Annual report of the Punjab Veterinary College and of the Civil Veterinary Department, Punjab - 1926-1932
Year: 1926
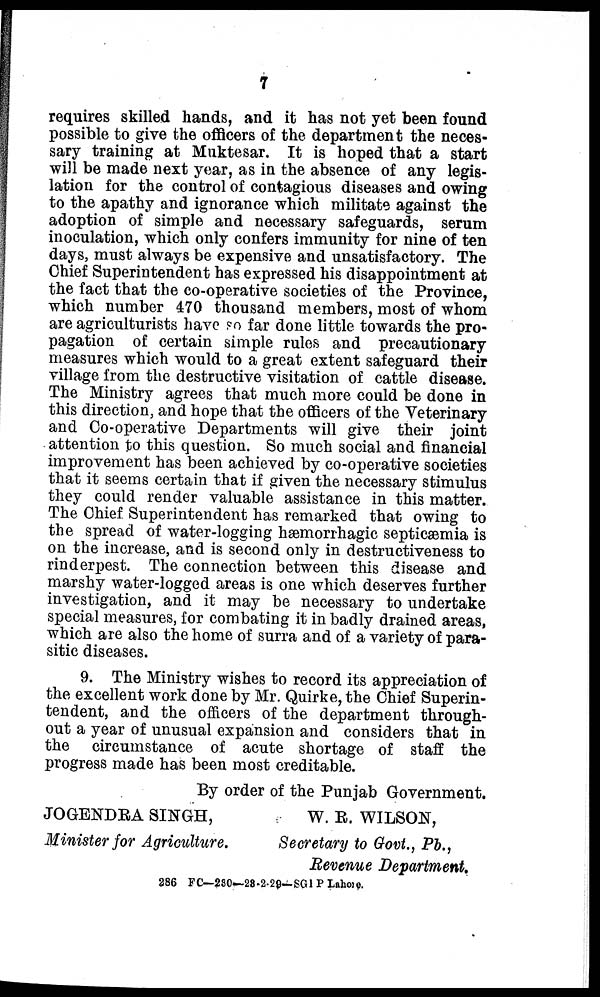
7
requires skilled hands, and it has not yet been found
possible to give the officers of the department the neces-
sary training at Muktesar. It is hoped that a start
will be made next year, as in the absence of any legis-
lation for the control of contagious diseases and owing
to the apathy and ignorance which militate against the
adoption of' simple and necessary safeguards, serum
inoculation, which only confers immunity for nine of ten
days, must always be expensive and unsatisfactory. The
Chief Superintendent has expressed his disappointment at
the fact that the co-operative societies of the Province,
which number 470 thousand members, most of whom
are agriculturists have so far done little towards the pro-
pagation of certain simple rules and precautionary
measures which would to a great extent safeguard their
village from the destructive visitation of cattle disease.
The Ministry agrees that much more could be done in
this direction, and hope that the officers of the Veterinary
and Co-operative Departments will give their joint
attention to this question. So much social and financial
improvement has been achieved by co-operative societies
that it seems certain that if given the necessary stimulus
they could render valuable assistance in this matter.
The Chief Superintendent has remarked that owing to
the spread of water-logging hæmorrhagic septicæmia is
on the increase, and is second only in destructiveness to
rinderpest. The connection between this disease and
marshy water-logged areas is one which deserves further
investigation, and it may be necessary to undertake
special measures, for combating it in badly drained areas,
which are also the home of surra and of a variety of para-
sitic diseases.
9. The Ministry wishes to record its appreciation of
the excellent work done by Mr. Quirke, the Chief Superin-
tendent, and the officers of the department through-
out a year of unusual expansion and considers that in
the circumstance of acute shortage of staff the
progress made has been most creditable.
By order of the Punjab Government.
JOGENDRA SINGH,
W. R. WILSON,
Minister for Agriculture.
Secretary to Govt., Pb.,
Revenue Department.
286 FC—230—28-2-29—SGI P Lahore.